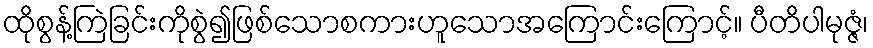
ထိုစွန့်ကြဲခြင်းကိုစွဲ၍ဖြစ်သောစကားဟူသောအကြောင်းကြောင့်။ ပီတိပါမုဇ္ဇံ၊